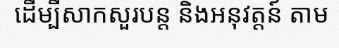
ដើម្បីសាកសួរបន្ត និងអនុវត្តន៍ តាម